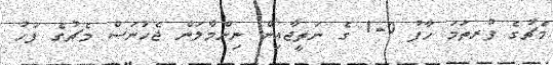
މެޗުގެ ފުރތަމަ ހާފު 0-1 ގެ ނަތީޖާއިން ނިންމާލަން ޖެހުނަސް މެޗުގެ ފަހު